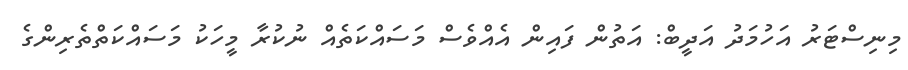
މިނިސްޓަރު އަހުމަދު އަދީބް: އަތުން ފައިން އެއްވެސް މަސައްކަތެއް ނުކުރާ މީހަކު މަސައްކަތްތެރިންގެ